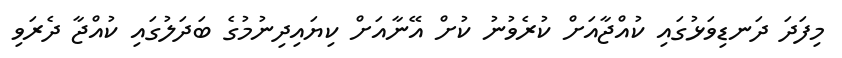
މިފަދަ ދަނޑިވަޅުގައި ކުއްޖާއަށް ކުރެވުނު ކުށް އޭނާއަށް ކިޔައިދިނުމުގެ ބަދަލުގައި ކުއްޖާ ދެރަވި